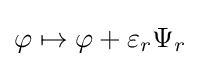
\varphi \mapsto \varphi +\varepsilon _{r}\Psi _{r}